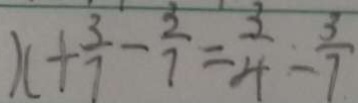
x + \frac { 3 } { 7 } - \frac { 3 } { 7 } = \frac { 3 } { 4 } - \frac { 3 } { 7 }